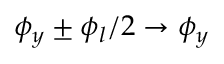
\phi _ { y } \pm \phi _ { l } / 2 \rightarrow \phi _ { y }